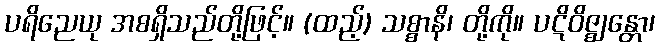
ပရိညေယု အစရှိသည်တို့ဖြင့်။ (ထည့်) သစ္စာနိ၊ တို့ကို။ ပဋိဝိဇ္ဈန္တော၊